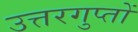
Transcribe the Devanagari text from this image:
उत्तरगुप्तों